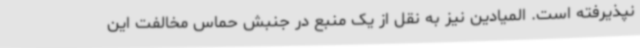
نپذیرفته است. المیادین نیز به نقل از یک منبع در جنبش حماس مخالفت این